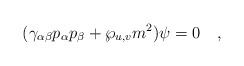
\begin{align*}(\gamma_{\alpha\beta} p_\alpha p_\beta +\wp_{u,v} m^2 )\psi =0\quad,\end{align*}